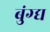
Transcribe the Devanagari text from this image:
बुंग्द्य